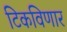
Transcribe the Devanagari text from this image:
टिकविणार